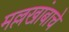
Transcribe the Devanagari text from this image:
मल्लखांबाचे